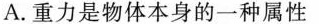
A.重力是物体本身的一种属性